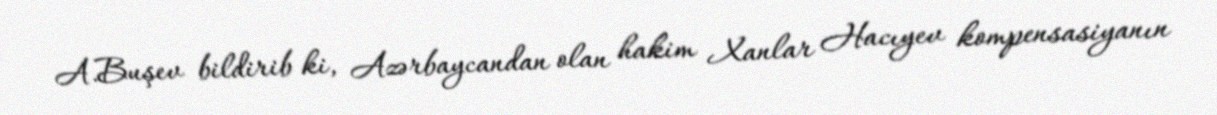
A.Buşev bildirib ki, Azərbaycandan olan hakim Xanlar Hacıyev kompensasiyanın